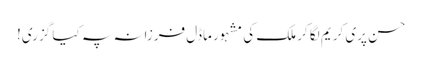
حسن پری کریم لگا کر ملک کی مشہور ماڈل فرزانہ پہ کیا گزری!